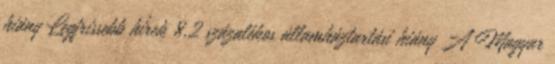
hiány Legfrissebb hírek 8,2 százalékos államháztartási hiány A Magyar